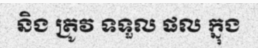
និង ត្រូវ ទទួល ផល ក្នុង